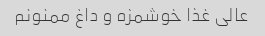
عالی غذا خوشمزه و داغ ممنونم